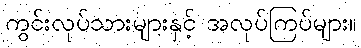
ကွင်းလုပ်သားများနှင့် အလုပ်ကြပ်များ။